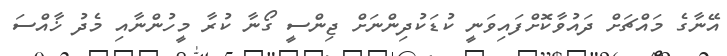
އޭނާގެ މައްޗަށް ދައުވާކޮށްފައިވަނީ ކުޑަކުދިންނަށް ޖިންސީ ގޯނާ ކުރާ މީހުންނާއި މެދު ޚާއްސަ